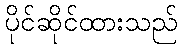
ပိုင်ဆိုင်ထားသည်